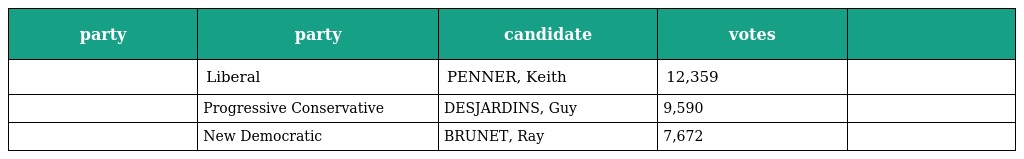
| party | party | candidate | votes |  |
 | --- | --- | --- | --- | --- |
 |  | Liberal | PENNER, Keith | 12,359 |  |
 |  | Progressive Conservative | DESJARDINS, Guy | 9,590 |  |
 |  | New Democratic | BRUNET, Ray | 7,672 |  |